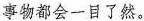
事物都会一目了然。